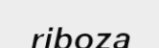
riboza